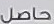
حاصل